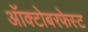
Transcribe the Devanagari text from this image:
ऑक्टोबरफेस्ट